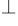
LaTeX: ^\perp